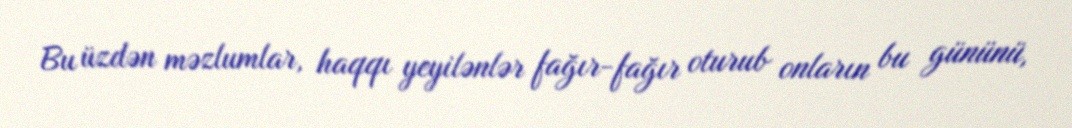
Bu üzdən məzlumlar, haqqı yeyilənlər fağır-fağır oturub onların bu gününü,